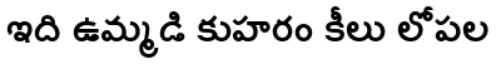
ఇది ఉమ్మడి కుహరం కీలు లోపల